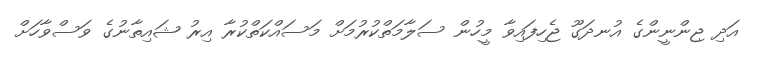
އަދި ޖިންނީންގެ އުނދަގޫ ޖެހިފައިވާ މީހުން ސަލާމަތްކުރުމަށް މަސައްކަތްކުރާ އިރު ޝައިތާނުގެ ވަސްވާހަށް